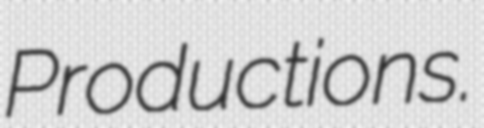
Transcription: Productions.